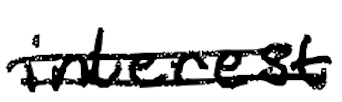
Text: interest
Cross-out: double-line
Writing tool: digital_black